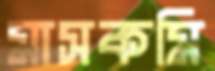
মাসকমি